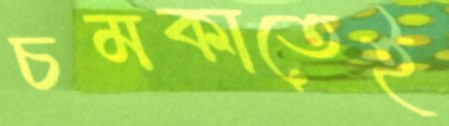
চমকাতেই